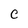
Character: C